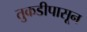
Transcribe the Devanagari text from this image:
तुकडीपासून